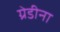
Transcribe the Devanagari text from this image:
ग्रेडीना